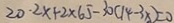
2 0 \cdot 2 x + 2 \times 6 5 - 3 0 ( 1 4 - 3 x ) = 0